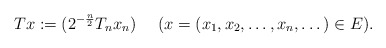
\begin{align*} Tx:=(2^{-\frac{n}{2}}T_n x_n) \ \ \ \ (x=(x_1,x_2,\dots,x_n,\dots)\in E).\end{align*}